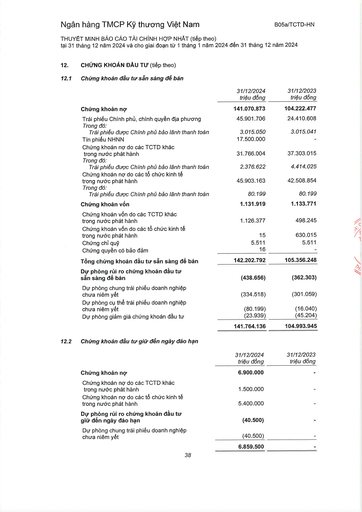
||31/12/2024 triệu đồng|31/12/2023 triệu đồng| |---|---|---| |Chứng khoán nợ|141.070.873|104.222.477| |Trái phiếu Chính phủ, chính quyền địa phương|45.901.706|24.410.608| |Trong đó: Trái phiếu được Chính phủ bảo lãnh thanh toán|3.015.050|3.015.041| |Tín phiếu NHNN|17.500.000|| |Chứng khoán nợ do các TCTD khác trong nước phát hành|31.766.004|37.303.015| |Trong đó: Trái phiếu được Chính phủ bảo lãnh thanh toán|2.376.622|4.414.025| |Chứng khoán nợ do các tổ chức kinh tế trong nước phát hành|45.903.163|42.508.854| |Trong đó: Trái phiếu được Chính phủ bảo lãnh thanh toán|80.199|80.199| |Chứng khoán vốn|1.131.919|1.133.771| |Chứng khoán vốn do các TCTD khác trong nước phát hành|1.126.377|498.245| |Chứng khoán vốn do các tổ chức kinh tế trong nước phát hành|15|630.015| |Chứng chỉ quỹ|5.511|5.511| |Chứng quyền có bảo đảm|16|| |Tổng chứng khoán đầu tư sẵn sàng để bán|142.202.792|105.356.248| |Dự phòng rủi ro chứng khoán đầu tư sẵn sàng để bán|(438.656)|(362.303)| |Dự phòng chung trái phiếu doanh nghiệp chưa niêm yết|(334.518)|(301.059)| |Dự phòng cụ thể trái phiếu doanh nghiệp chưa niêm yết|(80.199)|(16.040)| |Dự phòng giảm giá chứng khoán đầu tư|(23.939)|(45.204)| ||141.764.136|104.993.945| ||31/12/2024 triệu đồng|31/12/2023 triệu đồng| |---|---|---| |Chứng khoán nợ|6.900.000|| |Chứng khoán nợ do các TCTD khác trong nước phát hành|1.500.000|| |Chứng khoán nợ do các tổ chức kinh tế trong nước phát hành|5.400.000|| |Dự phòng rủi ro chứng khoán đầu tư giữ đến ngày đáo hạn|(40.500)|| |Dự phòng chung trái phiếu doanh nghiệp chưa niêm yết|(40.500)|| ||6.859.500||